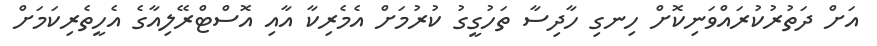
އަށް ދަތުރުކުރައްވަނިކޮށް ހިނގި ހާދިސާ ތަހުގީގު ކުރުމަށް އެމެރިކާ އާއި އޮސްޓްރޭލިއާގެ އެހީތެރިކަމަށް